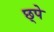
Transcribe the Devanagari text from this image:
छ्पे